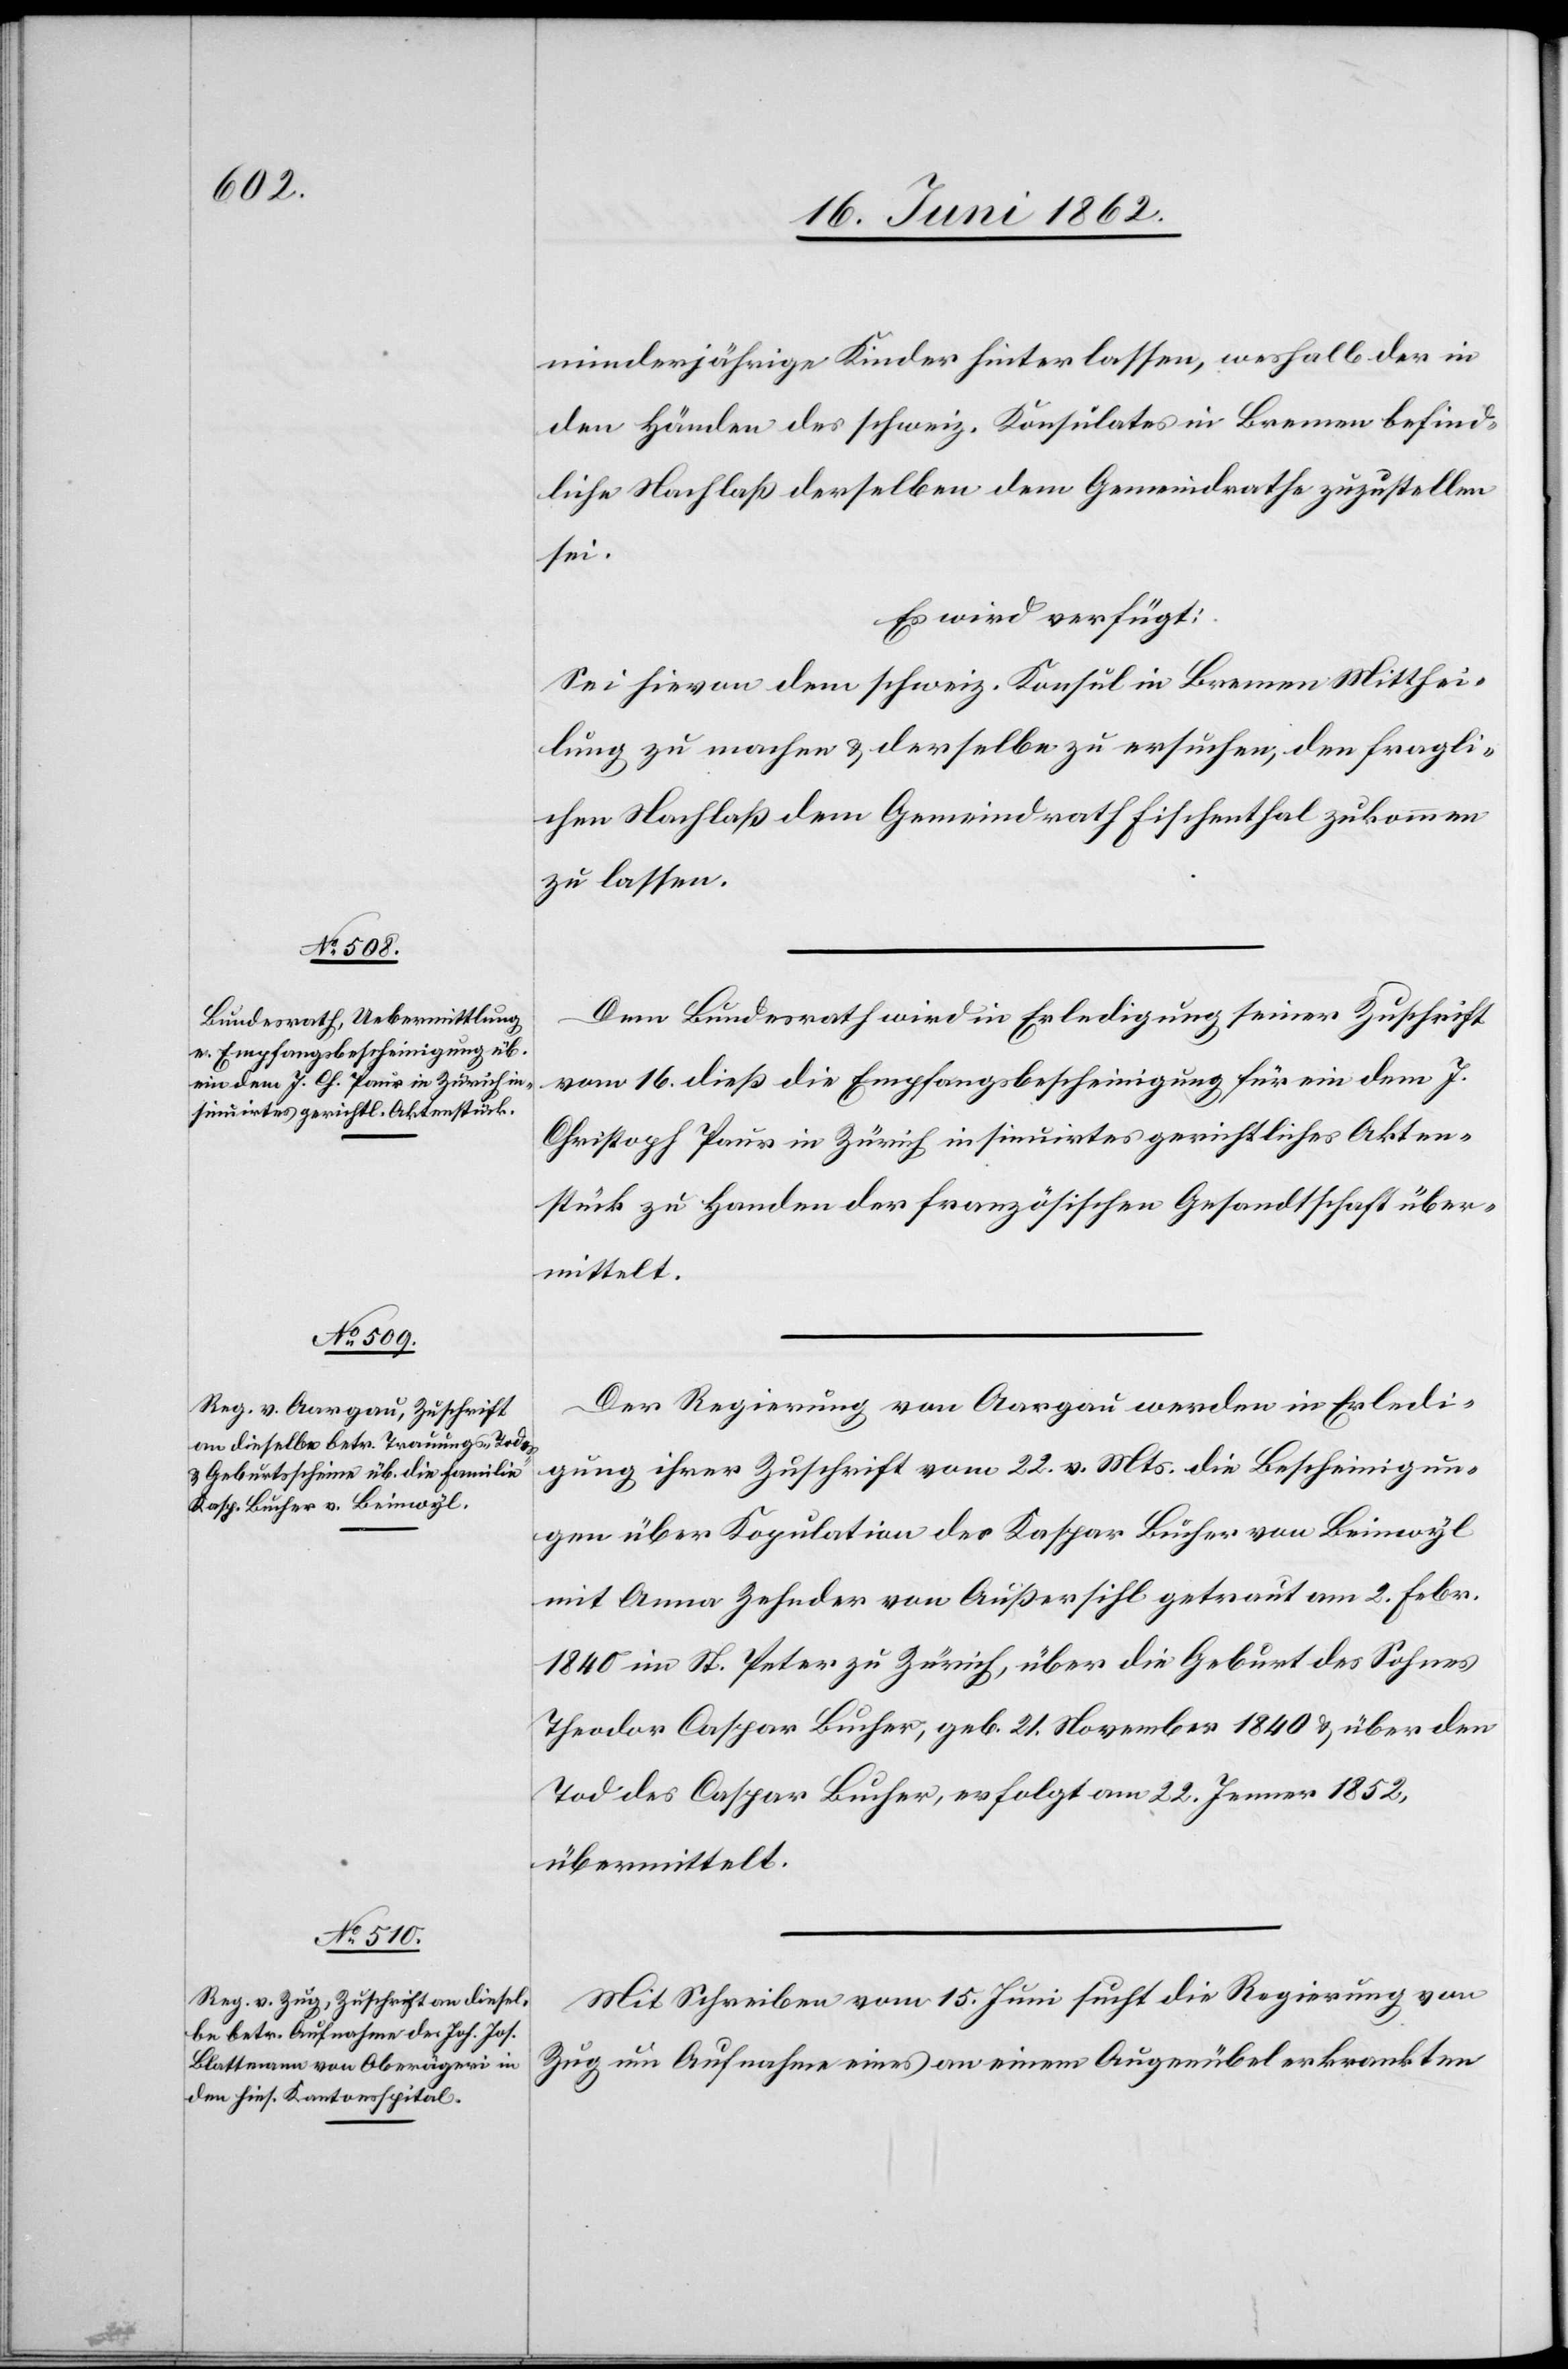
22. Juni 1863.]
minderjährige Kinder hinterlassen, weshalb der in
den Händen des schweiz. Konsulates in Bremen befind¬
liche Nachlaß derselben dem Gemeindrathe zuzustellen
sei.
Es wird verfügt:
Sei hievon dem schweiz. Konsul in Bremen Mitthei¬
lung zu machen & derselbe zu ersuchen, den fragli¬
chen Nachlaß dem Gemeindrath Fischenthal zukommen
zu lassen.
Dem Bundesrath wird in Erledigung seiner Zuschrift
vom 16. dieß die Empfangsbescheinigung für ein dem J.
Christoph Paur in Zürich insinuirtes gerichtliches Akten¬
stück zu Handen der französischen Gesandtschaft über¬
mittelt.
Der Regierung von Aargau werden in Erledi¬
gung ihrer Zuschrift vom 22. v. Mts. die Bescheinigun¬
gen über Kopulation des Kaspar Bucher von Beinwyl
mit Anna Zehnder von Außersihl getraut am 2. Febr.
1840 im St. Peter zu Zürich, über die Geburt des Sohnes
Theodor Caspar Bucher, geb. 21. November 1840 & über den
Tod des Caspar [sic!] Bucher, erfolgt am 22. Jenner 1852,
übermittelt.
Mit Schreiben vom 15. Juni sucht die Regierung von
Zug um Aufnahme eines an einem Augenübel erkrankten